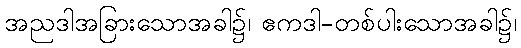
အညဒါအခြားသောအခါ၌၊ ဧကဒါ-တစ်ပါးသောအခါ၌၊